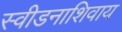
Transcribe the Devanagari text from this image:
स्वीडनाशिवाय